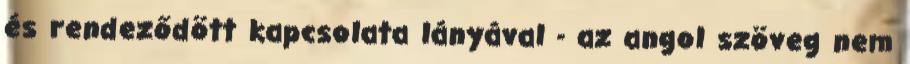
és rendeződött kapcsolata lányával - az angol szöveg nem